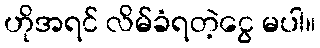
ဟိုအရင် လိမ်ခံရတဲ့ငွေ မပါ။